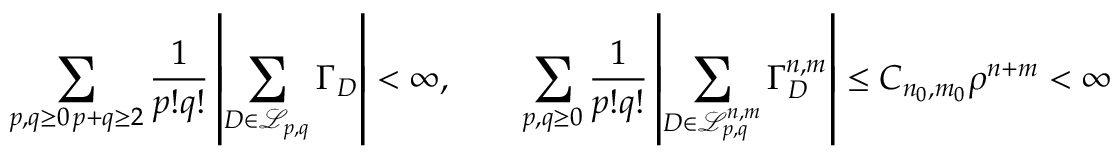
\sum _ { \substack { p , q \geq 0 \, p + q \geq 2 } } \frac { 1 } { p ! q ! } \left\vert \sum _ { D \in \mathcal { L } _ { p , q } } \Gamma _ { D } \right\vert < \infty , \qquad \sum _ { p , q \geq 0 } \frac { 1 } { p ! q ! } \left\vert \sum _ { D \in \mathcal { L } _ { p , q } ^ { n , m } } \Gamma _ { D } ^ { n , m } \right\vert \leq C _ { n _ { 0 } , m _ { 0 } } \rho ^ { n + m } < \infty